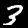
Digit: 3